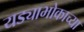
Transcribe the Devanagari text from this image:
यड्याभोकाच्या